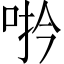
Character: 𪡆